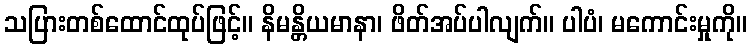
သပြားတစ်ထောင်ထုပ်ဖြင့်။ နိမန္တိယမာနာ၊ ဖိတ်အပ်ပါလျက်။ ပါပံ၊ မကောင်းမှုကို။